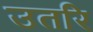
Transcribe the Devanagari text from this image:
उतरि